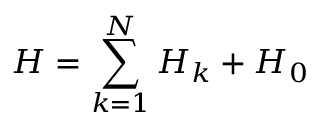
H = \sum _ { k = 1 } ^ { N } { { { H } _ { k } } } + { { H } _ { 0 } }